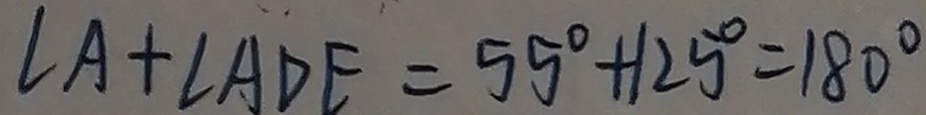
\angle A + \angle A D E = 5 5 ^ { \circ } + 1 2 5 ^ { \circ } = 1 8 0 ^ { \circ }